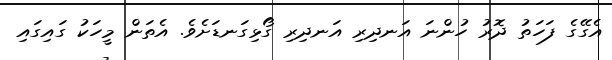
އެގޭގެ ފަހަތު ދޮރު ހުންނަ އަނދިރި އަނދިރި ގޯޅިގަނޑަށެވެ. އެތަން މީހަކު ގައިގައި